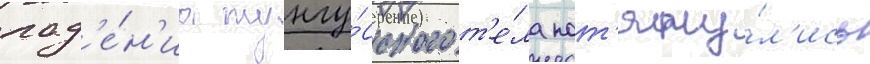
пад'е́н'иа тунгу́сского т'е́ла пот'яну́л'ись